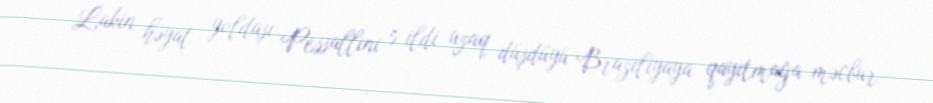
Lakin həyat yoldaşı Pessallini 5 ildi uzaq düşdüyü Braziliyaya qayıtmağa məcbur